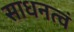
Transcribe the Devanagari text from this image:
साधनत्वं